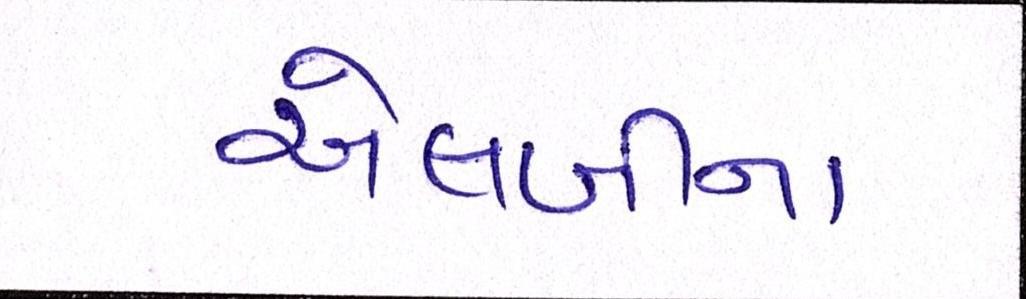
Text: એલબીના